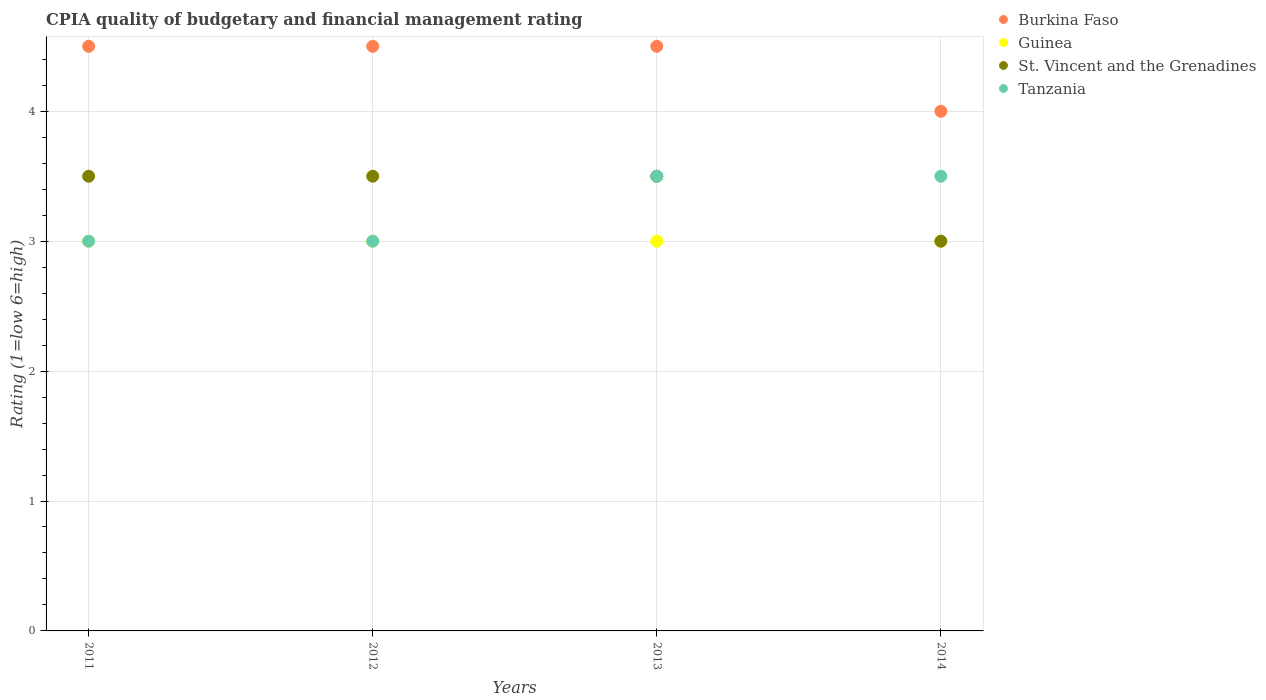
| Years | Burkina Faso | Guinea | St. Vincent and the Grenadines | Tanzania |
 | --- | --- | --- | --- | --- |
 | 2011 | 4.5 | 3 | 3.5 | 3 |
 | 2012 | 4.5 | 3 | 3.5 | 3 |
 | 2013 | 4.5 | 3 | 3.5 | 3.5 |
 | 2014 | 4 | 3 | 3 | 3.5 |